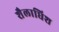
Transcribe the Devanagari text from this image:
शैलाधिश